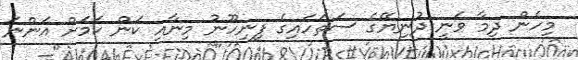
މިހެން ދިމާ ވަނީ ދުނިޔޭގެ ސަތަހައިގެ ފިނިހޫނު މިނާއި ކަން ކަމަށް އަންނަ